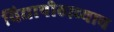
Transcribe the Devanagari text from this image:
विद्यापीठाच्याच